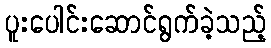
ပူးပေါင်းဆောင်ရွက်ခဲ့သည့်